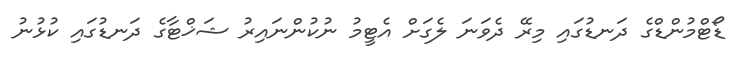
ޑޯޓްމުންޑްގެ ދަނޑުގައި މިރޭ ދެވަނަ ލެގަށް އެޓީމު ނުކުންނައިރު ޝަޚްޓާގެ ދަނޑުގައި ކުޅުނު